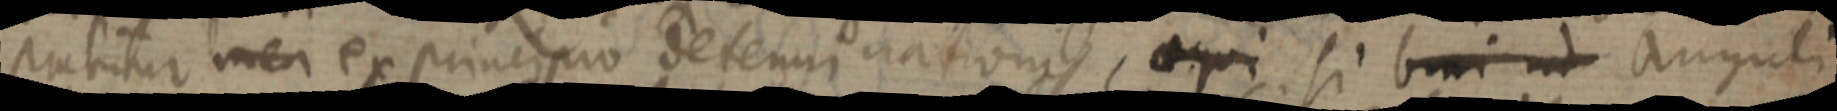
strabitur men ex principio determinationis, aequi si b_i ad anguli